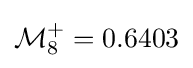
{\mathcal {M}}_{8}^{+}=0.6403